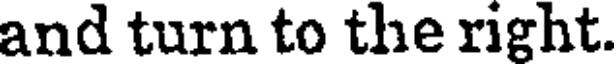
and turn to the right.